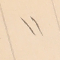
11